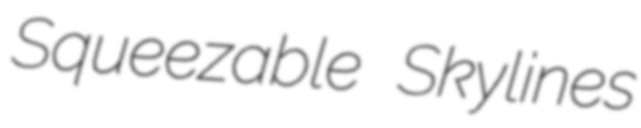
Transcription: Squeezable Skylines